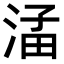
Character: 𪶖